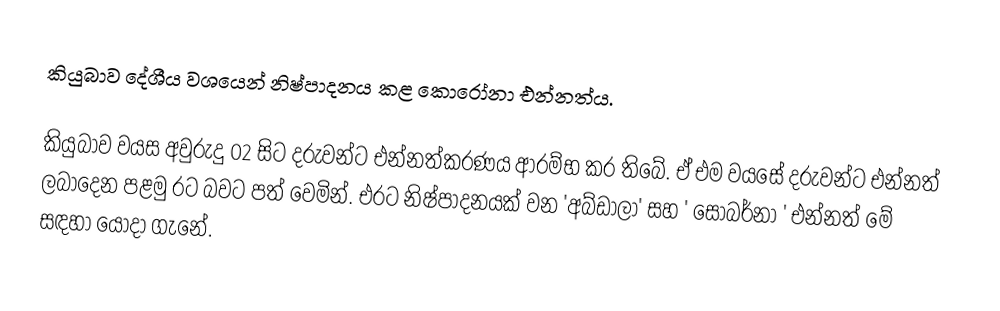
කියුබාව දේශීය වශයෙන් නිෂ්පාදනය කළ කොරෝනා එන්නත්ය.

කියුබාව වයස අවුරුදු 02 සිට දරුවන්ට එන්නත්කරණය ආරම්භ කර තිබේ. ඒ එම වයසේ දරුවන්ට එන්නත් ලබාදෙන පළමු රට බවට පත් වෙමින්. එරට නිෂ්පාදනයක් වන  'අබ්ඩාලා' සහ ' සොබර්නා ' එන්නත් මේ සඳහා යොදා ගැනේ.